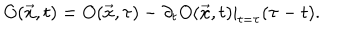
O ( \vec { x } , t ) = O ( \vec { x } , \tau ) - \partial _ { t } O ( \vec { x } , t ) | _ { t = \tau } ( \tau - t ) .